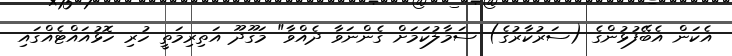
އެކަން އެބޭފުޅުންގެ (ސަރުކާރުގެ) ސަމާލުކަމަށް ގެންނަވާ ދެއްވާ" މަގޫދޫ އަތިރިމަތީ ހުރި ހޮޅުއައްޓެއްގައި